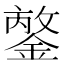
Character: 𨪣